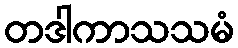
တဒါကာသသမံ